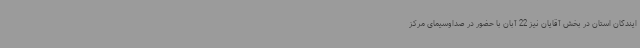
ایندگان استان در بخش آقایان نیز 22 آبان‌ با حضور در صداوسیمای مرکز